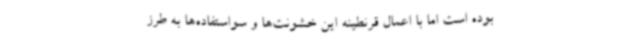
بوده است اما با اعمال قرنطینه این خشونت‌ها و سواستفاده‌ها به طرز